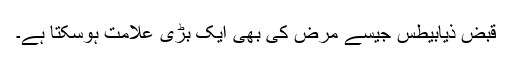
قبض ذیابیطس جیسے مرض کی بھی ایک بڑی علامت ہوسکتا ہے۔